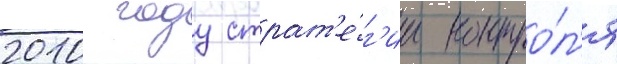
2010 году страт'е́г'ии контро́л'я